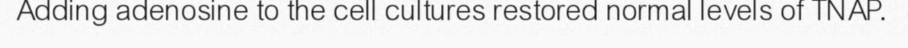
Adding adenosine to the cell cultures restored normal levels of TNAP.